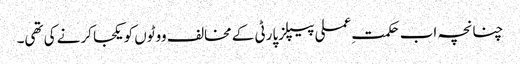
چنانچہ اب حکمتِ عملی پیپلزپارٹی کے مخالف ووٹوں کو یکجا کرنے کی تھی۔